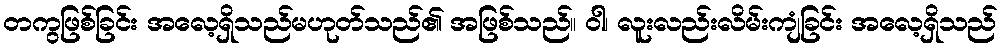
တကွဖြစ်ခြင်း အလေ့ရှိသည်မဟုတ်သည်၏ အဖြစ်သည်။ ဝါ၊ လူးလည်းလိမ်းကျံခြင်း အလေ့ရှိသည်